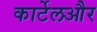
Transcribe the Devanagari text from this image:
कार्टेलऔर